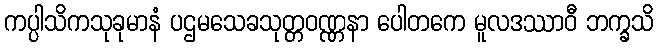
ကပ္ပါသိကသုခုမာနံ ပဌမသေခသုတ္တဝဏ္ဏနာ ပေါတကေ မူလဒဿာဝီ ဘက္ခသိ